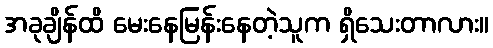
အခုချိန်ထိ မေးနေမြန်းနေတဲ့သူက ရှိသေးတာလား။